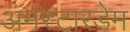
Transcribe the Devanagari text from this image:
अमस्टारडेम